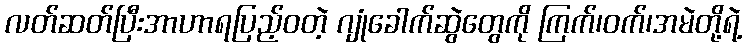
လတ်ဆတ်ပြီးအာဟာရပြည့်ဝတဲ့ ဂျုံခေါက်ဆွဲတွေကို ကြက်၊ဝက်၊အမဲတို့ရဲ့